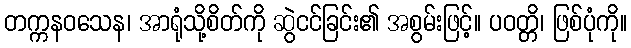
တက္ကနဝသေန၊ အာရုံသို့စိတ်ကို ဆွဲငင်ခြင်း၏ အစွမ်းဖြင့်။ ပဝတ္တိ၊ ဖြစ်ပုံကို။